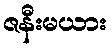
ဇနီးမယား